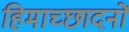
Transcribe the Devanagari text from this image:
हिमाच्छादनों